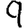
Digit: 9